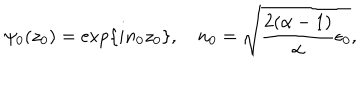
\psi _ { 0 } ( z _ { 0 } ) = \exp \{ i n _ { 0 } z _ { 0 } \} , ~ n _ { 0 } = \sqrt { { \frac { 2 ( \alpha - 1 ) } { \alpha } } \epsilon _ { 0 } } ,